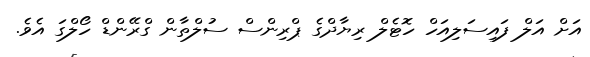
އަށް އަލް ފައިސަލިއަހް ހޮޓެލް ރިޔާދްގެ ޕްރިންސް ސުލްތާން ގްރޭންޑް ހޯލްގަ އެވެ.